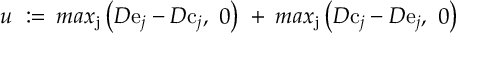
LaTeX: u \ : = \, m a x _ { \mathrm { j } } \left( D \mathrm { e } _ { j } - D \mathrm { c } _ { j } , \ 0 \right) \ + \, m a x _ { \mathrm { j } } \left( D \mathrm { c } _ { j } - D \mathrm { e } _ { j } , \ 0 \right)